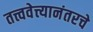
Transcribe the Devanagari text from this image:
तत्त्ववेत्त्यानंतरचे